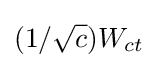
(1/{\sqrt {c}})W_{ct}